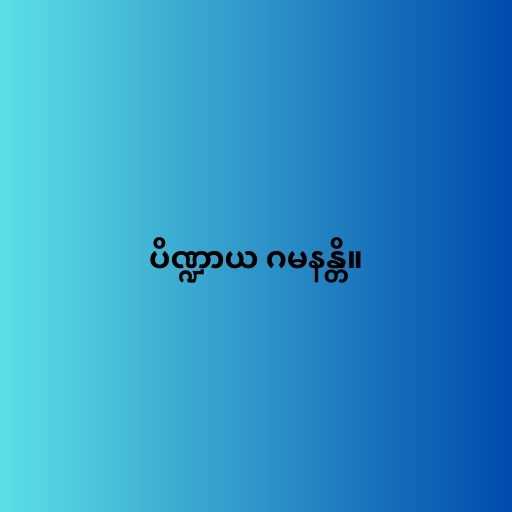
ပိဏ္ဍာယ ဂမနန္တိ။